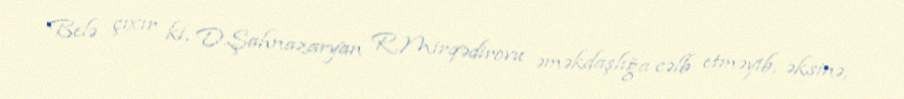
Belə çıxır ki, D.Şahnazaryan R.Mirqədirovu əməkdaşlığa cəlb etməyib, əksinə,